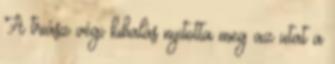
A triász végi kihalás nyitotta meg az utat a